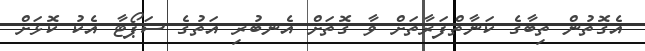
އެގޮތުން ތިބާގެ ކަނާތްފަރާތަށް ވާ ގޮތަށް އެނބުރި އަތުގެ ސަޕޯޓާ އެކު ކޮޅަށް